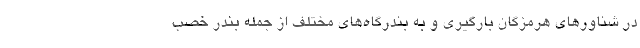
در شناورهای هرمزگان بارگیری و به بندرگاه‌های مختلف از جمله بندر خصب